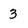
Character: 3